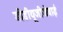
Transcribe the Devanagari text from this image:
डीडीयूजीजेवाई